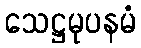
သေဋ္ဌမုပနမံ